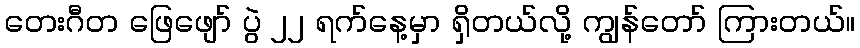
တေးဂီတ ဖြေဖျော် ပွဲ ၂၂ ရက်နေ့မှာ ရှိတယ်လို့ ကျွန်တော် ကြားတယ်။